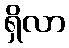
ရှိလာ